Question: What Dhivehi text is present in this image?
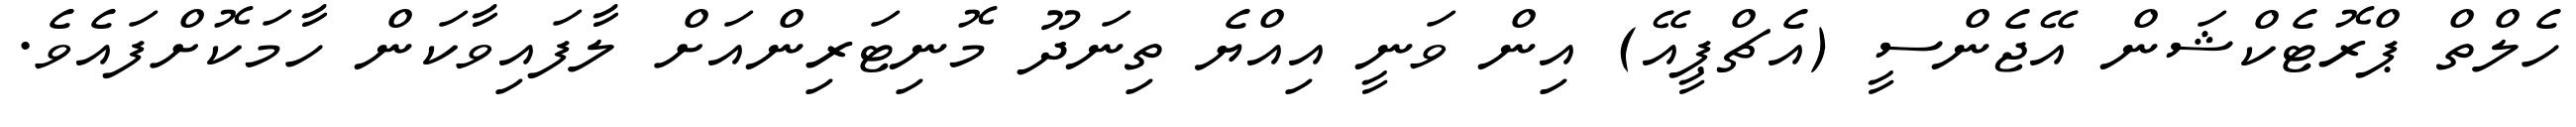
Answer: ހެލްތް ޕްރޮޓެކްޝަން އޭޖެންސީ (އެޗްޕީއޭ) އިން ވަނީ އިއްޔެ ތިނަދޫ މޮނިޓަރިންއަށް ލާފައިވާކަން ހާމަކޮށްފައެވެ.